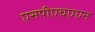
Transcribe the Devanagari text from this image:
एसपीएचएएन